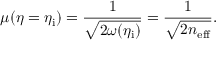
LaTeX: \mu ( \eta = \eta _ { \mathrm { i } } ) = \frac { 1 } { \sqrt { 2 \omega ( \eta _ { \mathrm { i } } ) } } = \frac { 1 } { \sqrt { 2 n _ { \mathrm { e f f } } } } .